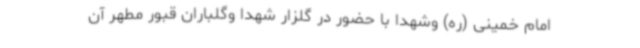
امام خمینی (ره) وشهدا با حضور در گلزار شهدا وگلباران قبور مطهر آن